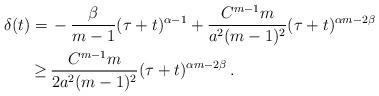
LaTeX: \begin{align*}\begin{aligned}\delta(t) = \, & -\frac{\beta}{m-1}(\tau+t)^{\alpha-1} + \frac{C^{m-1} m }{a^2 (m-1)^2}(\tau+t)^{\alpha m -2 \beta} \\\geq \, & \frac{C^{m-1}m}{2 a^2 (m-1)^2}(\tau+t)^{\alpha m - 2\beta}\,.\end{aligned}\end{align*}